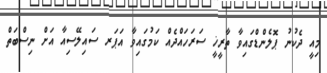
މިއީ ދެކުނު ޕޮލެންޑްގައިވާ ތާރީޚީ ސަރަހައްދެއް ކަމުގައިވާ އަޕަރ ސައިލޭސިއާ އަށް ނިސްބަތް